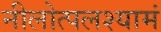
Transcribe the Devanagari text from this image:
नीलोत्पलश्यामं